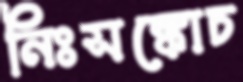
নিঃসঙ্কোচ